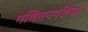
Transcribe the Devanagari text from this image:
गणितनगरीचा